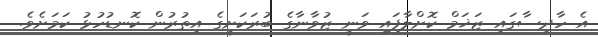
އެ ހާދިސާގައި ޒަޚަމް ކޮށްލާފައި ވަނީ ޒުވާނާގެ ބުރަކަށީގެ އިތުރުން ކޮނޑުހުޅު ކަމަށެވެ.